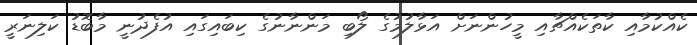
ކެއްކުމާއި ކާތަކެއްޗާއި މީހުންނަށް އަޅާލުމުގެ ލޯބި މަންނާނުގެ ކިބައިގައި އުފެދުނީ މާބޮޑު ކަލިނަރީ